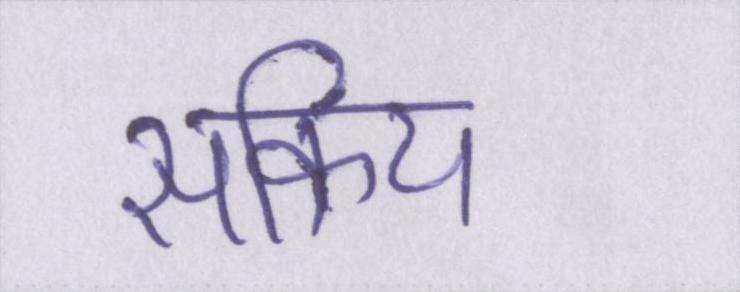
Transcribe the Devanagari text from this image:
सक्रिय